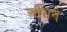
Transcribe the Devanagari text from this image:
ओंधने